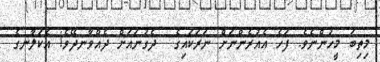
މިތިބަ މީހުންނެވެ. ފަހެ އެއުރެންނަށް ނަރަކައިގެ  ދެގުނައަށް ދެއްވާނދޭވެ! އެކަލާނގެ